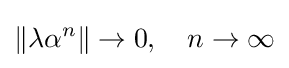
\|\lambda \alpha ^{n}\|\to 0,\quad n\to \infty